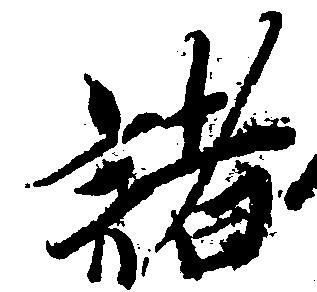
諸